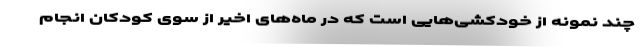
چند نمونه از خودکشی‌هایی است که در ماه‌های اخیر از سوی کودکان انجام